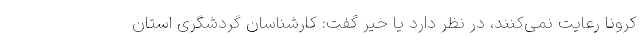
کرونا رعایت نمی‌کنند، در نظر دارد یا خیر گفت: کارشناسان گردشگری استان